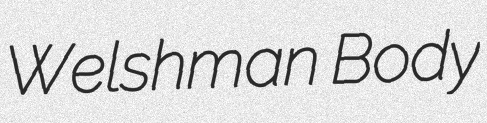
Welshman Body